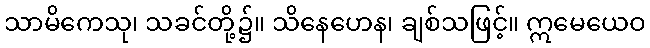
သာမိကေသု၊ သခင်တို့၌။ သိနေဟေန၊ ချစ်သဖြင့်။ ဣမေယေဝ